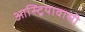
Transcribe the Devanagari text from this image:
आस्ट्रियावासी